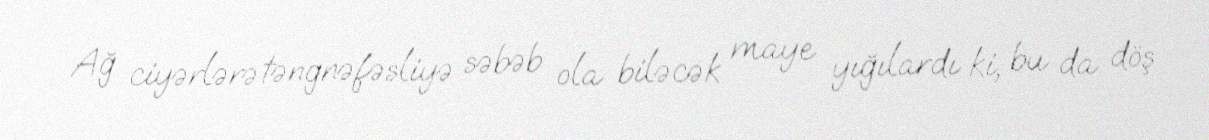
Ağ ciyərlərə təngnəfəsliyə səbəb ola biləcək maye yığılardı ki, bu da döş